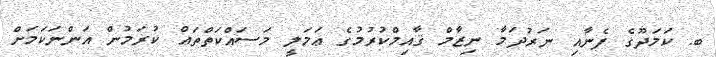
ބ. ކަމަދޫގެ ފެނާއި ނަރުދަމާ ނިޒާމް ޤާއިމްކުރުމުގެ ޢަމަލީ މަސައްކަތްތައް ކުރަމުން އަންނަކަމަށް